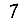
Digit: 7